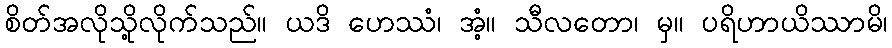
စိတ်အလိုသို့လိုက်သည်။ ယဒိ ဟေဿံ၊ အံ့။ သီလတော၊ မှ။ ပရိဟာယိဿာမိ၊